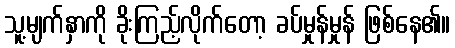
သူ့မျက်နှာကို ခိုးကြည့်လိုက်တော့ ခပ်မှုန်မှုန် ဖြစ်နေ၏။